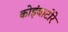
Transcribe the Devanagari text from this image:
कोइंबाटोरे